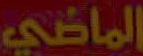
الماضي